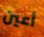
أعين